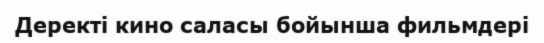
Деректі кино саласы бойынша фильмдері